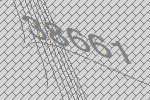
38661